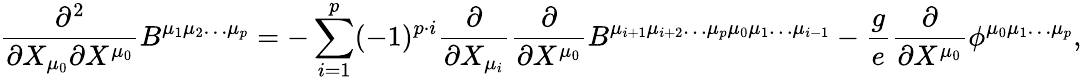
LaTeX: \frac{\partial^{2}}{\partial X_{\mu_{0}}\partial X^{\mu_{0}}}B^{\mu_{1}\mu_{2}\ldots\mu_{p}}=-\sum_{i=1}^{p}(-1)^{p\cdot i}\frac{\partial}{\partial X_{\mu_{i}}}\frac{\partial}{\partial X^{\mu_{0}}}B^{\mu_{i+1}\mu_{i+2}\ldots\mu_{p}\mu_{0}\mu_{1}\ldots\mu_{i-1}}-\frac{g}{e}\frac{\partial}{\partial X^{\mu_{0}}}\phi^{\mu_{0}\mu_{1}\ldots\mu_{p}},